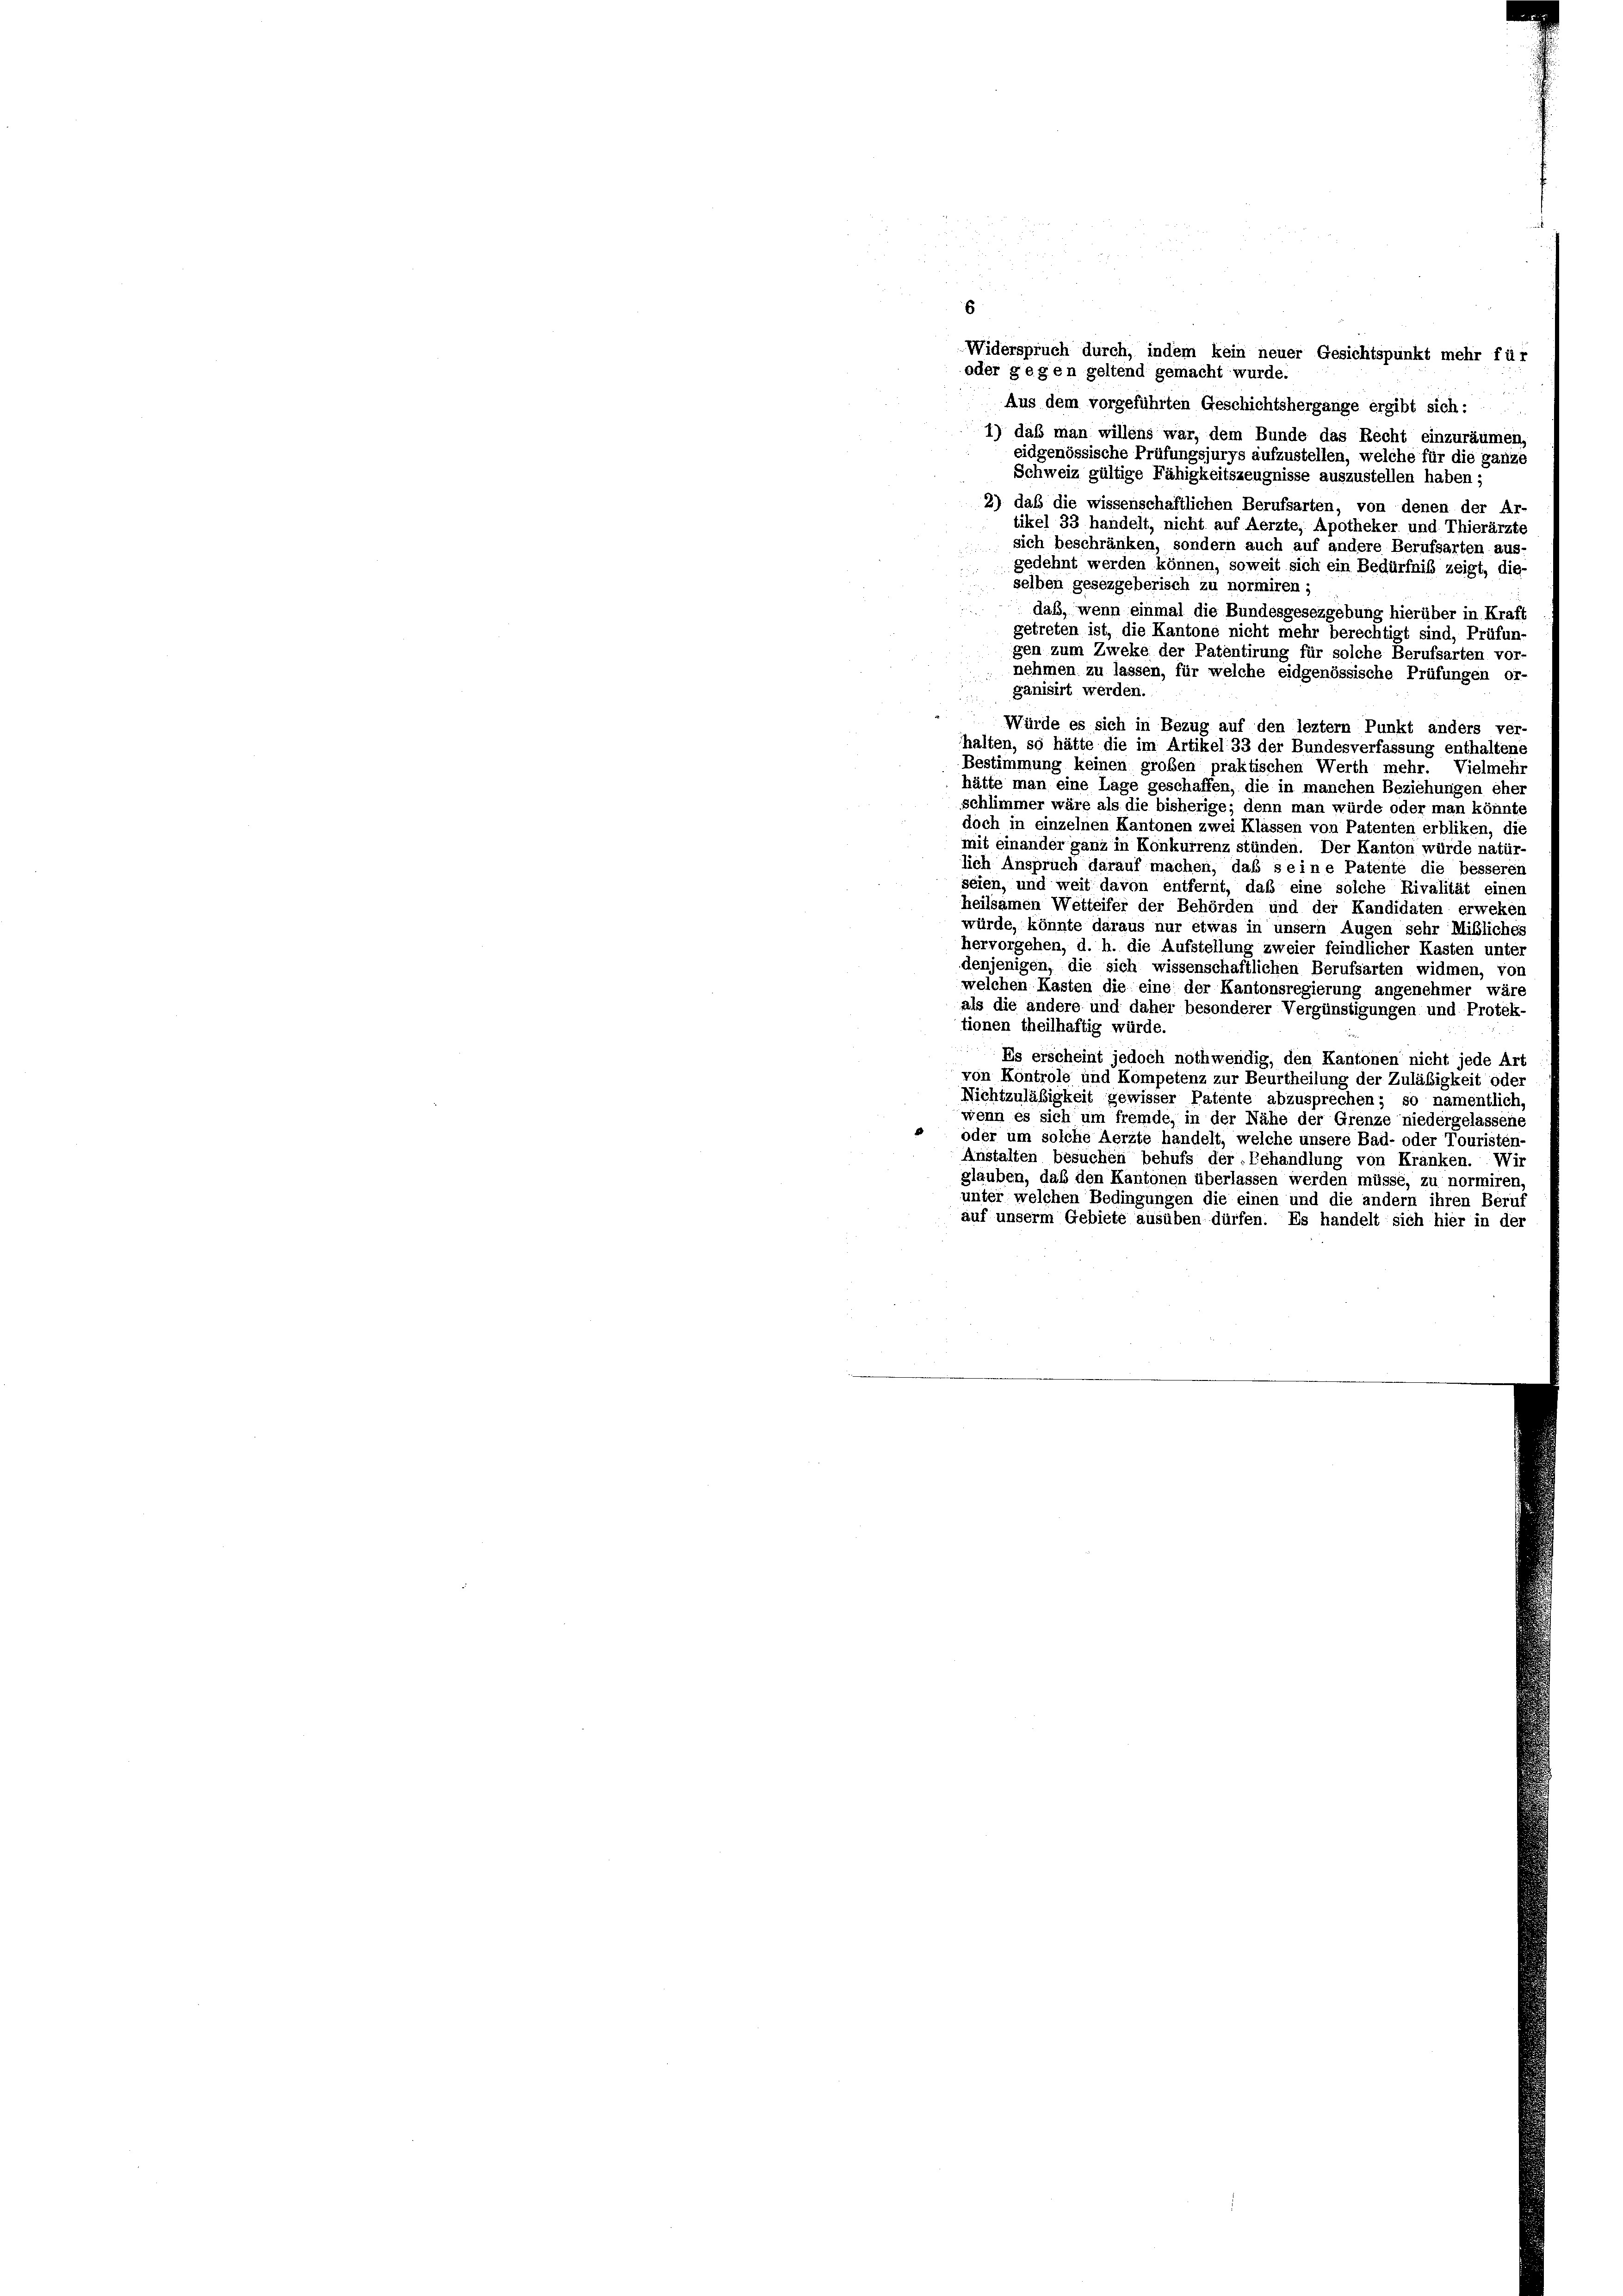
6
Widerspruch durch, indem kein neuer Gesichtspunkt mehr für
oder gegen geltend gemacht wurde.
Aus dem vorgeführten Geschichtshergange ergibt sich: ...
1) daß man willens war, dem Bunde das Recht einzuräumen,
eidgenössische Prüfungsjurys aufzustellen, welche für die ganze
Schweiz gültige Fähigkeitszeugnisse auszustellen haben;
2) daß die wissenschaftlichen Berufsarten, von denen der Ar-
tikel 33 handelt, nicht auf Aerzte, Apotheker und Thierärzte
sich beschränken, sondern auch auf andere Berufsarten aus-
gedehnt werden können, soweit sich ein Bedürfniß zeigt, die-
selben gesezgeberisch zu normiren;
daß, wenn einmal die Bundesgesezgebung hierüber in Kraft
getreten ist, die Kantone nicht mehr berechtigt sind, Prüfun
gen zum Zweke der Patentirung für solche Berufsarten vor-
 nehmen zu lassen, für welche eidgenössische Prüfungen or-
ganisirt werden.
.
Würde es sich in Bezug auf den leztem Punkt anders ver
halten, so hätte die im Artikel 33 der Bundesverfassung enthaltene
Bestimmung keinen großen praktischen Werth mehr. Vielmehr
hätte man eine Lage geschaffen, die in manchen Beziehungen eher
schlimmer wäre als die bisherige; denn man würde oder man könnte
doch in einzelnen Kantonen zwei Klassen von Patenten erbliken, die
mit einander ganz in Konkurrenz stünden. Der Kanton würde natür-
lich Anspruch darauf machen, daß seine Patente die besseren
seien, und weit davon entfernt, daß eine solche Rivalität einen
heilsamen Wetteifer der Behörden und der Kandidaten erweken
würde, könnte daraus nur etwas in unsern Augen sehr Mißlicher
hervorgehen, d. h. die Aufstellung zweier feindlicher Kasten unter
denjenigen, die sich wissenschaftlichen Berufsarten widmen, von
welchen Kasten die eine der Kantonsregierung angenehmer wäre
als die andere und daher besonderer Vergünstigungen und Protek-
tionen theilhaftig würde.
Es erscheint jedoch nothwendig, den Kantonen nicht jede Art
von Kontrole und Kompetenz zur Beurtheilung der Zuläßigkeit oder
Nichtzuläßigkeit gewisser Patente abzusprechen; so namentlich,
wenn es sich um fremde, in der Nähe der Grenze niedergelassene
oder um solche Aerzte handelt, welche unsere Bad- oder Touristen-
Anstalten besuchen behufs der Behandlung von Kranken. Wir
glauben, daß den Kantonen überlassen werden müsse, zu normiren,
unter welchen Bedingungen die einen und die andern ihren Beruauf unserm Gebiete ausüben dürfen. Es handelt sich hier in der